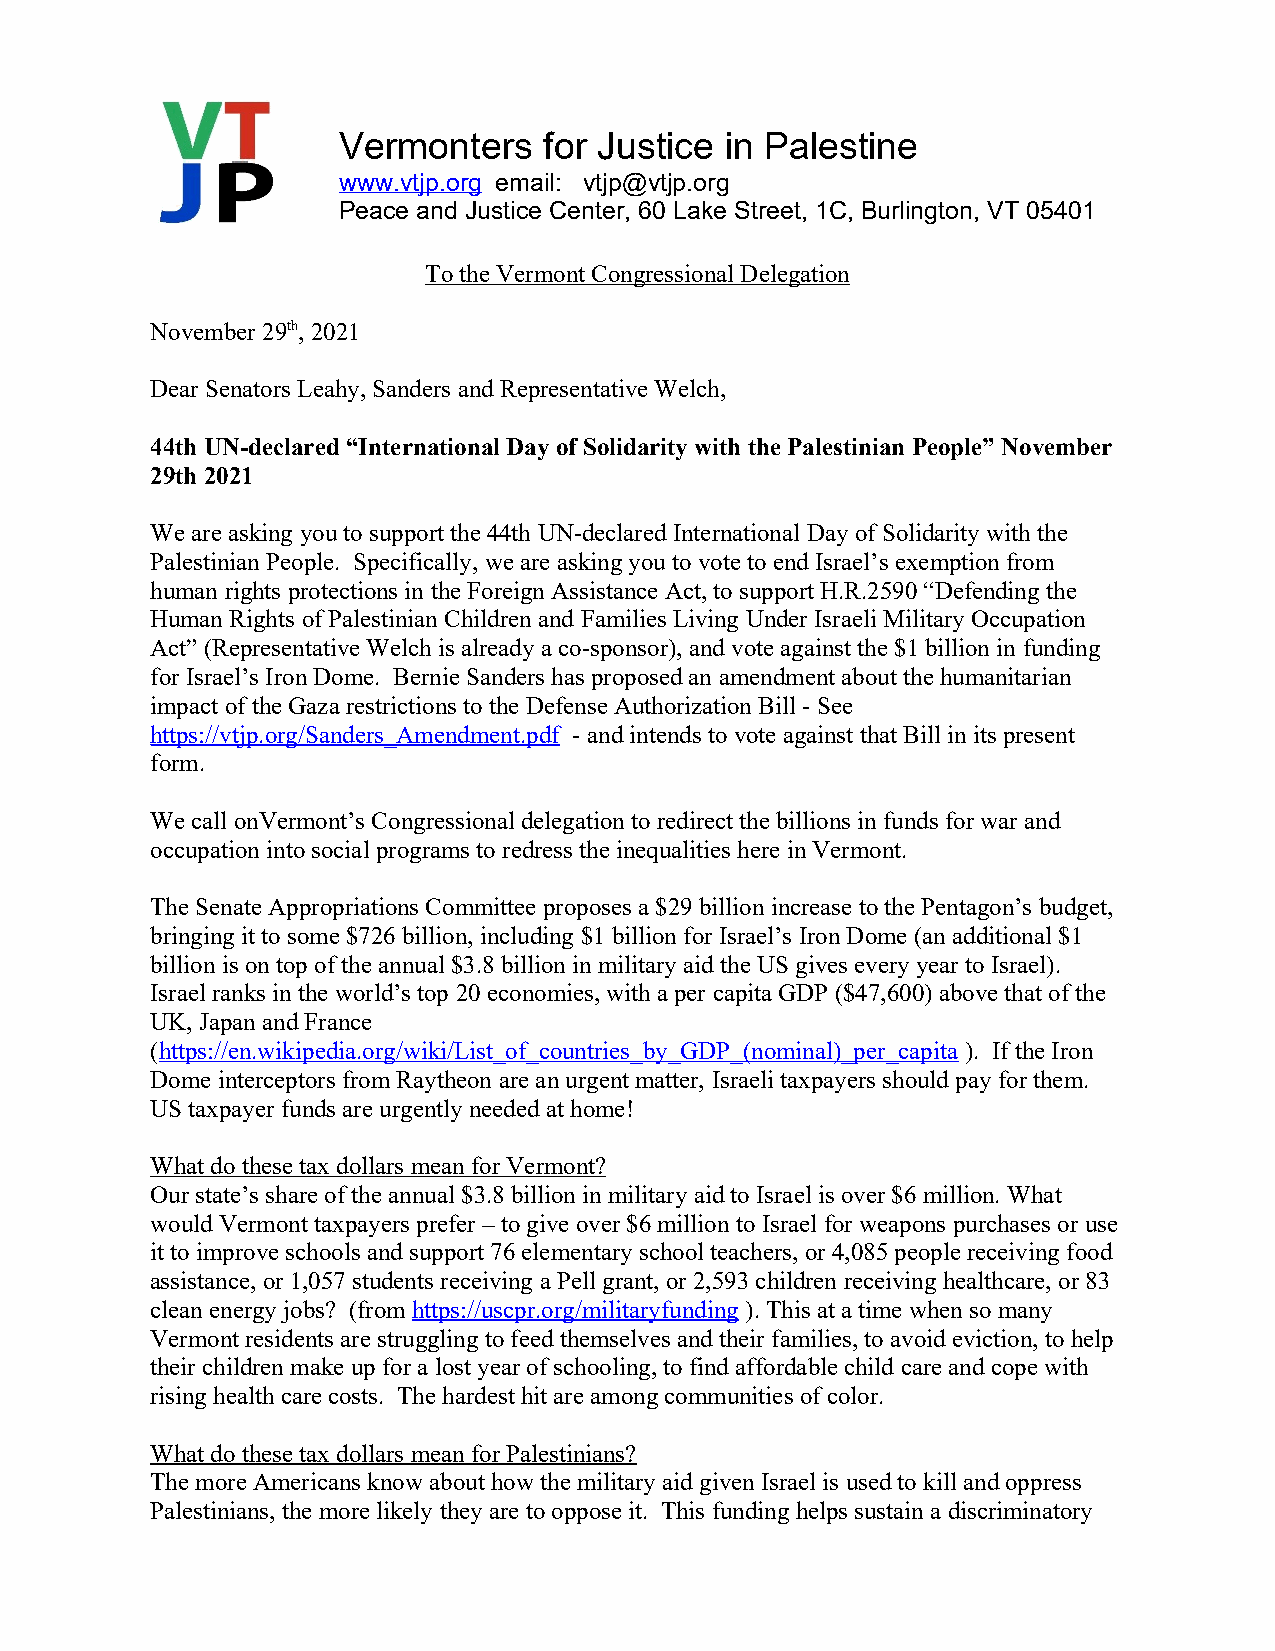
Vermonters    for Justice in Palestine
 www.vtjp.org email: vtjp@vtjp.org
 Peace and Justice Center, 60 Lake Street, 1C, Burlington, VT 05401
 To the Vermont Congressional Delegation
 November 29th, 2021
 Dear Senators Leahy, Sanders and Representative Welch,
 44th UN-declared “International Day of Solidarity with the Palestinian People” November
 29th 2021
 We are asking you to support the 44th UN-declared International Day of Solidarity with the
 Palestinian People. Specifically, we are asking you to vote to end Israel’s exemption from
 human rights protections in the Foreign Assistance Act, to support H.R.2590 “Defending the
 Human Rights of Palestinian Children and Families Living Under Israeli Military Occupation
 Act” (Representative Welch is already a co-sponsor), and vote against the $1 billion in funding
 for Israel’s Iron Dome. Bernie Sanders has proposed an amendment about the humanitarian
 impact of the Gaza restrictions to the Defense Authorization Bill - See
 https://vtjp.org/Sanders_Amendment.pdf - and intends to vote against that Bill in its present
 form.
 We call onVermont’s Congressional delegation to redirect the billions in funds for war and
 occupation into social programs to redress the inequalities here in Vermont.
 The Senate Appropriations Committee proposes a $29 billion increase to the Pentagon’s budget,
 bringing it to some $726 billion, including $1 billion for Israel’s Iron Dome (an additional $1
 billion is on top of the annual $3.8 billion in military aid the US gives every year to Israel).
 Israel ranks in the world’s top 20 economies, with a per capita GDP ($47,600) above that of the
 UK, Japan and France
 (https://en.wikipedia.org/wiki/List_of_countries_by_GDP_(nominal)_per_capita ). If the Iron
 Dome interceptors from Raytheon are an urgent matter, Israeli taxpayers should pay for them.
 US taxpayer funds are urgently needed at home!
 What do these tax dollars mean for Vermont?
 Our state’s share of the annual $3.8 billion in military aid to Israel is over $6 million. What
 would Vermont taxpayers prefer – to give over $6 million to Israel for weapons purchases or use
 it to improve schools and support 76 elementary school teachers, or 4,085 people receiving food
 assistance, or 1,057 students receiving a Pell grant, or 2,593 children receiving healthcare, or 83
 clean energy jobs? (from https://uscpr.org/militaryfunding ). This at a time when so many
 Vermont residents are struggling to feed themselves and their families, to avoid eviction, to help
 their children make up for a lost year of schooling, to find affordable child care and cope with
 rising health care costs. The hardest hit are among communities of color.
 What do these tax dollars mean for Palestinians?
 The more Americans know about how the military aid given Israel is used to kill and oppress
 Palestinians, the more likely they are to oppose it. This funding helps sustain a discriminatory